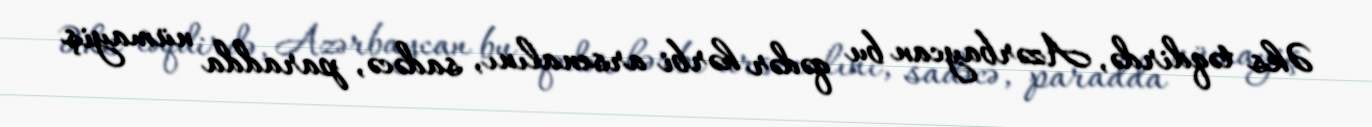
Əks təqdirdə, Azərbaycan bu qədər hərbi arsenalını, sadəcə, paradda nümayiş